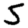
Digit: 5